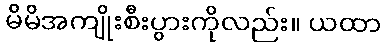
မိမိအကျိုးစီးပွားကိုလည်း။ ယထာ